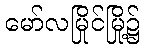
မော်လမြိုင်မြို့၌